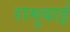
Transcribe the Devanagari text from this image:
रामुबाई